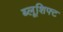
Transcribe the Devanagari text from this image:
ब्लूशिफ्ट